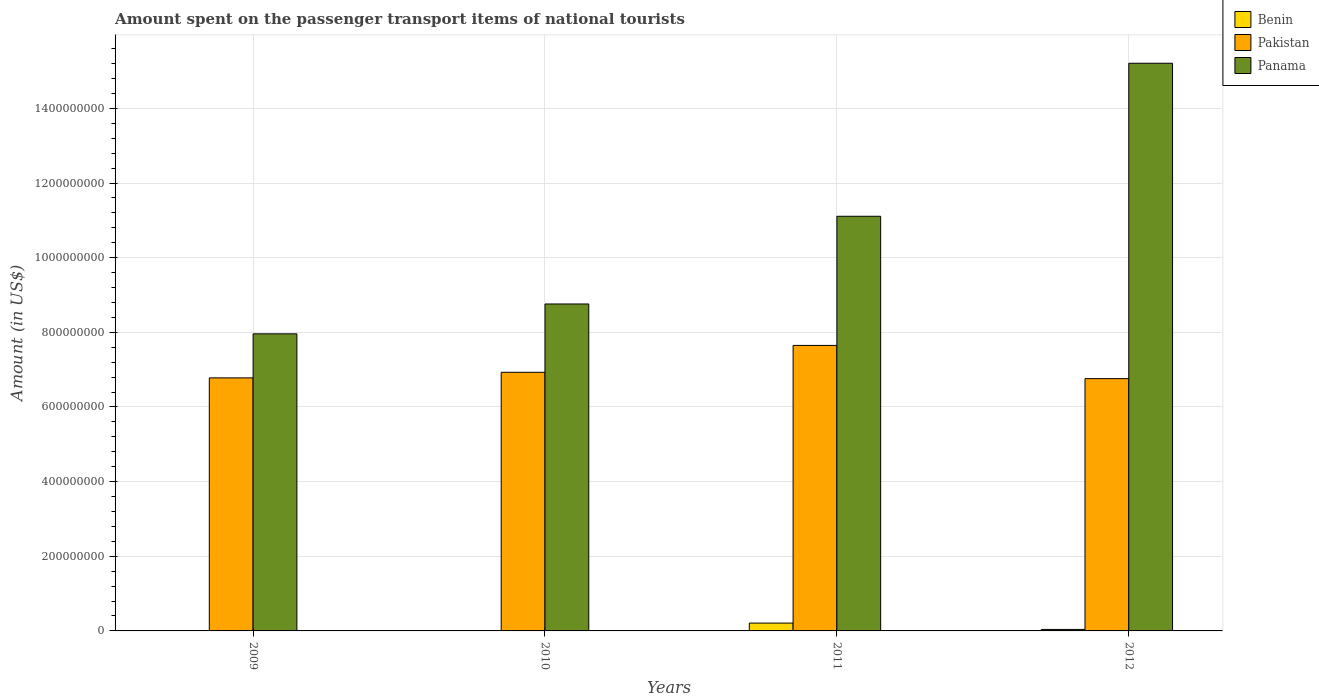
| Years | Benin | Pakistan | Panama |
 | --- | --- | --- | --- |
 | 2009 | 4e+05 | 6.78e+08 | 7.96e+08 |
 | 2010 | 4e+05 | 6.93e+08 | 8.76e+08 |
 | 2011 | 2.1e+07 | 7.65e+08 | 1.11e+09 |
 | 2012 | 4e+06 | 6.76e+08 | 1.52e+09 |